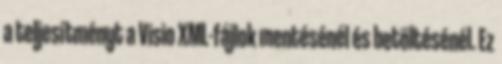
a teljesítményt a Visio XML-fájlok mentésénél és betöltésénél. Ez